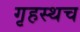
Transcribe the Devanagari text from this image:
गृहस्थच